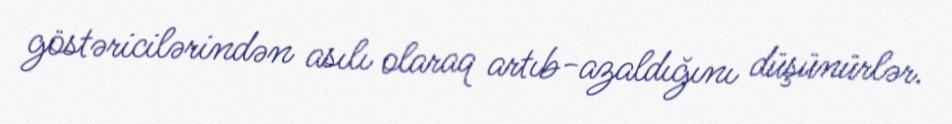
göstəricilərindən asılı olaraq artıb-azaldığını düşünürlər.